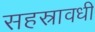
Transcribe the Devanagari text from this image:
सहस्रावधी